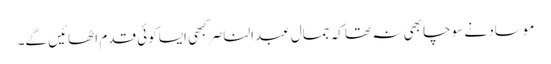
موساد نے سوچا بھی نہ تھا کہ جمال عبدالناصر کبھی ایسا کوئی قدم اٹھائیں گے۔